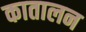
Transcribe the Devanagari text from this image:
कातालन